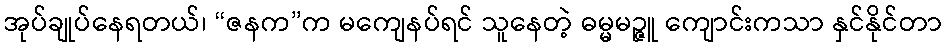
အုပ်ချုပ်နေရတယ်၊ “ဇနက”က မကျေနပ်ရင် သူနေတဲ့ ဓမ္မမဉ္ဇူ ကျောင်းကသာ နှင်နိုင်တာ